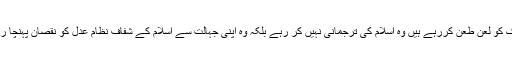
اس سارے پس منظر کے بعد جو لوگ سوشل میڈیا پر آسیہ مسیح کے وکیل سیف الملوک کو لعن طعن کررہے ہیں وہ اسلام کی ترجمانی نہیں کر رہے بلکہ وہ اپنی جہالت سے اسلام کے شفاف نظام عدل کو نقصان پہنچا رہے ہیں، ایسے اسلام پسندوں کی خدمت میں تارخ اسلام کا صرف ایک واقعہ پیش ہے ۔